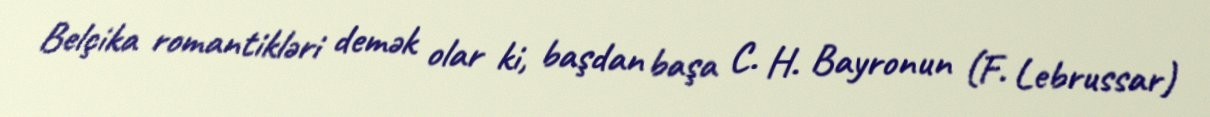
Belçika romantikləri demək olar ki, başdan başa C. H. Bayronun (F. Lebrussar)